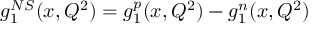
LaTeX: g _ { 1 } ^ { N S } ( x , Q ^ { 2 } ) = g _ { 1 } ^ { p } ( x , Q ^ { 2 } ) - g _ { 1 } ^ { n } ( x , Q ^ { 2 } )